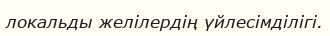
локальды желілердің үйлесімділігі.